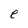
Character: e